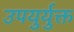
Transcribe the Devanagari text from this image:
उपयुर्युक्त